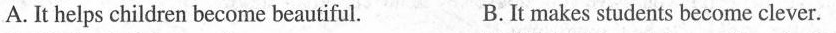
A.is not fit for children to drink every day B.has greatly affected children's health